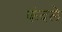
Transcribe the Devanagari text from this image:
कंदले